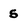
Character: 5